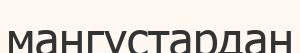
мангустардан